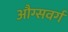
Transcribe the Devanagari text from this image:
औग्सवर्ग